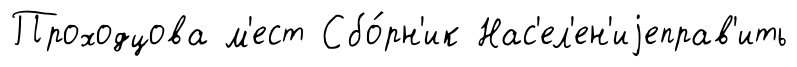
Проходцова м'ест Сбо́рн'ик Нас'ел'ен'иjеправ'ить